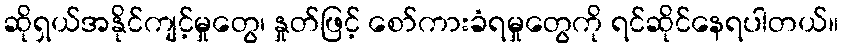
ဆိုရှယ်အနိုင်ကျင့်မှုတွေ၊ နှုတ်ဖြင့် စော်ကားခံရမှုတွေကို ရင်ဆိုင်နေရပါတယ်။